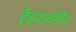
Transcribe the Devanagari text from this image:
हैहयवंशीय